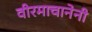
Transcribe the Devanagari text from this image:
वीरमाचानेनी